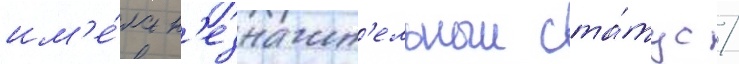
им'е́ла н'езначит'ельныи ста́тус /